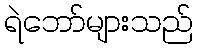
ရဲဘော်များသည်